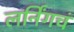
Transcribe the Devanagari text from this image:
लर्निंगचं